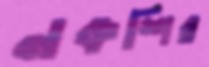
নকশির